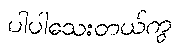
ပါပါသေးတယ်ကွ